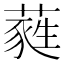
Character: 蕤